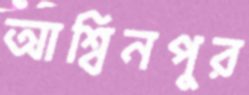
আশ্বিনপুর